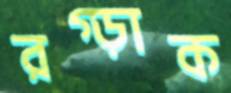
রগ্‌ড়াক